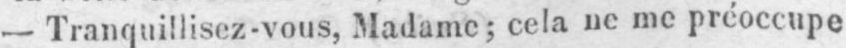
- Tranquillisez-vous, Madame; cela ne me préoccupe